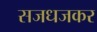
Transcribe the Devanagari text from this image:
सजधजकर